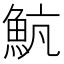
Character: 𩶞